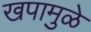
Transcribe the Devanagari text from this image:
खपामुळे